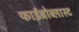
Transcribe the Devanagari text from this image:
फाईब्रोब्लास्ट